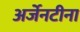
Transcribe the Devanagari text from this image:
अर्जेनटीना